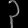
Digit: ၃